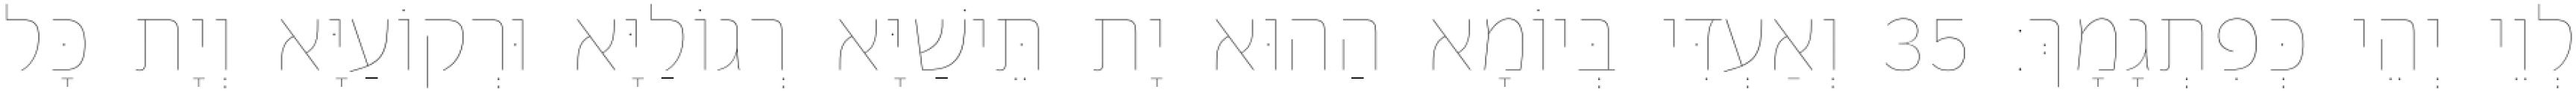
לְוֵי יְהֵי כְּפִתְגָמָךְ׃ 35 וְאַעְדִּי בְּיוֹמָא הַהוּא יָת תֵּישַׁיָּא רְגוֹלַיָּא וּרְקוֹעַיָּא וְיָת כָּל